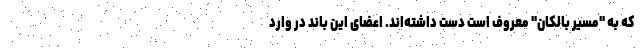
که به "مسیر بالکان" معروف است دست داشته‌اند. اعضای این باند در وارد